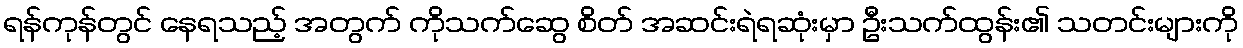
ရန်ကုန်တွင် နေရသည့် အတွက် ကိုသက်ဆွေ စိတ် အဆင်းရဲရဆုံးမှာ ဦးသက်ထွန်း၏ သတင်းများကို